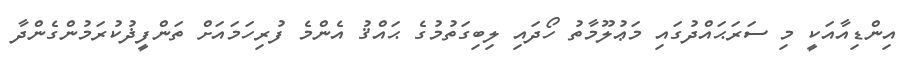
އިންޑިއާއަކީ މި ސަރަޙައްދުގައި މަޢުލޫމާތު ހޯދައި ލިބިގަތުމުގެ ޙައްޤު އެންމެ ފުރިހަމައަށް ތަންފީޛުކުރަމުންގެންދާ